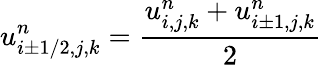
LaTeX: u_{i\pm 1/2,j,k}^{n}=\frac{u_{i,j,k}^{n}+u_{i\pm 1,j,k}^{n}}{2}